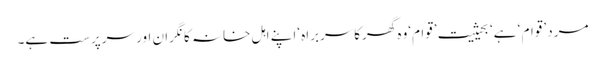
مرد ’قوام ‘ ہے‘ بحیثیت ’قوام‘وہ گھرکاسربراہ ‘اپنے اہل خانہ کا نگران اور سرپرست ہے۔